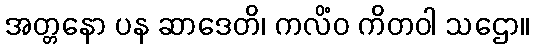
အတ္တနော ပန ဆာဒေတိ၊ ကလိံဝ ကိတဝါ သဌော။